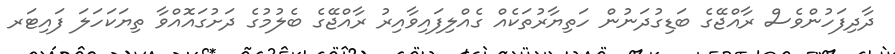
ދާދިފަހުންވެސް ރާއްޖޭގެ ބަޑިގުދަނުން ހަތިޔާރުތަކެއް ގެއްލިފައިވާއިރު ރާއްޖޭގެ ބެލުމުގެ ދަށުގައޮއްވާ ތިޔަކަހަލަ ފައިޓަރ